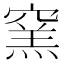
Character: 窯